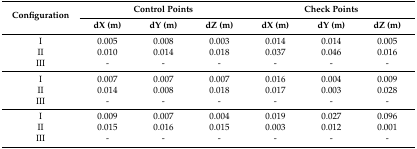
<table><thead><tr><td rowspan="2"><b>Configuration</b></td><td colspan="3"><b>Control Points</b></td><td colspan="3"><b>Check Points</b></td></tr><tr><td><b>dX (m)</b></td><td><b>dY (m)</b></td><td><b>dZ (m)</b></td><td><b>dX (m)</b></td><td><b>dY (m)</b></td><td><b>dZ (m)</b></td></tr></thead><tbody><tr><td>I</td><td>0.005</td><td>0.008</td><td>0.003</td><td>0.014</td><td>0.014</td><td>0.005</td></tr><tr><td>II</td><td>0.010</td><td>0.014</td><td>0.018</td><td>0.037</td><td>0.046</td><td>0.016</td></tr><tr><td>III</td><td>-</td><td>-</td><td>-</td><td>-</td><td>-</td><td>-</td></tr><tr><td>I</td><td>0.007</td><td>0.007</td><td>0.007</td><td>0.016</td><td>0.004</td><td>0.009</td></tr><tr><td>II</td><td>0.014</td><td>0.008</td><td>0.018</td><td>0.017</td><td>0.003</td><td>0.028</td></tr><tr><td>III</td><td>-</td><td>-</td><td>-</td><td>-</td><td>-</td><td>-</td></tr><tr><td>I</td><td>0.009</td><td>0.007</td><td>0.004</td><td>0.019</td><td>0.027</td><td>0.096</td></tr><tr><td>II</td><td>0.015</td><td>0.016</td><td>0.015</td><td>0.003</td><td>0.012</td><td>0.001</td></tr><tr><td>III</td><td>-</td><td>-</td><td>-</td><td>-</td><td>-</td><td>-</td></tr></tbody></table>